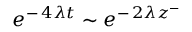
\: e ^ { - \, 4 \lambda t } \sim e ^ { - \, 2 \lambda z ^ { - } } \: